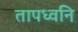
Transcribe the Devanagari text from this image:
तापध्वनि